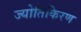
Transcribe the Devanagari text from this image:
ज्योतिकिरण